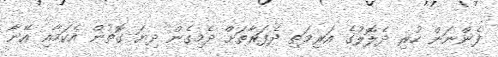
ފެންނަން ހުރި ދެލޮލުގެ އަރިމަތި ދެފަރާތަށް ދެމިގެން ދިޔަ ގޮތުން އެކަމާއި އޭނާ